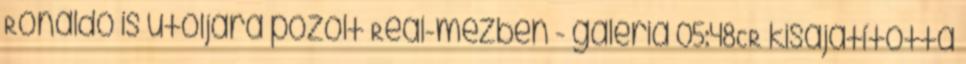
Ronaldo is utoljára pózolt Real-mezben - galéria 05:48CR kisajátította